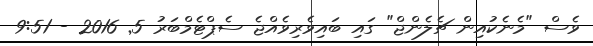
ވެސް "މެނެކުއިން ޗެލެންޖް" ގައި ބައިވެރިވެއްޖެ ސެޕްޓެމްބަރު 5